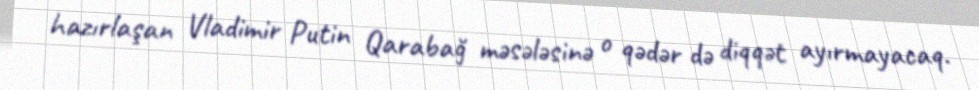
hazırlaşan Vladimir Putin Qarabağ məsələsinə o qədər də diqqət ayırmayacaq.